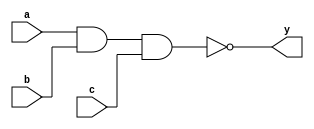
module sn74ls10(y, a, b, c);
input a, b, c;
output y;
parameter
	// TI TTL data book Vol 1, 1985
	tPLH_min=0, tPLH_typ=9, tPLH_max=15,
	tPHL_min=0, tPHL_typ=10, tPHL_max=15;

	nand #(tPLH_min : tPLH_typ : tPLH_max,
	  tPHL_min : tPHL_typ : tPHL_max)
	(y, a, b, c);

endmodule